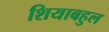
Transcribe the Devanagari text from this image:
शियाबहुल